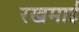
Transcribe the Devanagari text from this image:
रखमाई